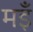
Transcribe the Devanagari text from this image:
मइँ